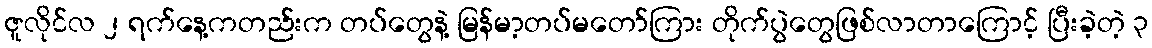
ဇူလိုင်လ ၂ ရက်နေ့ကတည်းက တပ်တွေနဲ့ မြန်မာ့တပ်မတော်ကြား တိုက်ပွဲတွေဖြစ်လာတာကြောင့် ပြီးခဲ့တဲ့ ၃